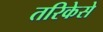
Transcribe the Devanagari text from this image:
तरिकेसे